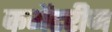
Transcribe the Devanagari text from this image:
कमेंटरीज